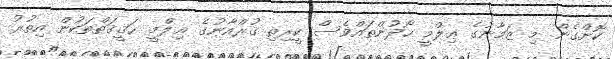
ކޮށްގެން. މި ޒަމާނުގެ ޢިލްމީ ހޯދުންތައްވެސް ކީރިތި ޤުރްއާނުގެ ޢިލްމީ ޙަޤީޤަތްތަކުން އިތުރު